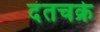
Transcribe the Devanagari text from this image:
दंतचक्रे